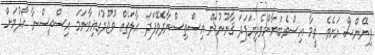
ފިނޭންސް އަށެވެ. ވީމާ އިސްވެބަޔާންވެދިޔަފަދަ ޤާނޫނުން އިސްތިސްނާދެވޭފަދަ ޙާލަތެއް ވުޖޫދުގައިވާނަމަ އިސްތިސްނާ ހޯދުމަށް